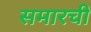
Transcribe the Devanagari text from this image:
समारची